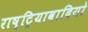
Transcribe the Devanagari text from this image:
राष्ट्रियावादियो